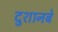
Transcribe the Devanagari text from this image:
दुशानबे